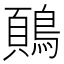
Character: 𬷢